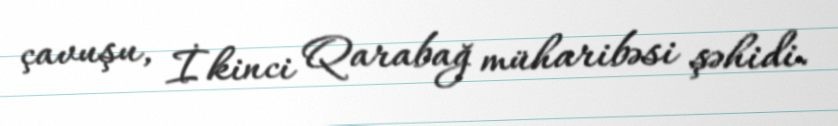
çavuşu, İkinci Qarabağ müharibəsi şəhidi.